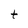
Character: t